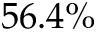
5 6 . 4 \%